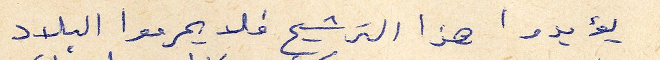
يؤيدوا هذا الترشح فلا يحرموا البلاد